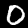
Label: 0